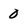
Character: 0